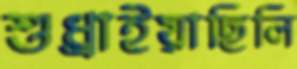
শুধ্‌রাইয়াছিলি